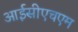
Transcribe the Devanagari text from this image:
आईसीएचएम